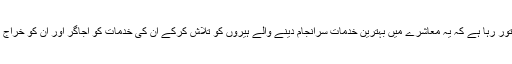
ملتان کی معروف ادبی تنظیم بزم احباب کا شروع ہی سے دستور رہا ہے کہ یہ معاشرے میں بہترین خدمات سرانجام دینے والے ہیروں کو تلاش کرکے ان کی خدمات کو اجاگر اور ان کو خراج تحسین پیش کرنے کے لئے تقاریب منعقد کرتی چلی آئی ہے۔